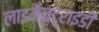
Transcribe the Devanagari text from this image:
लाइमैनट्राइडी